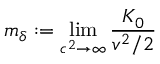
m _ { \delta } : = \operatorname* { l i m } _ { c ^ { 2 } \rightarrow \infty } \frac { K _ { 0 } } { v ^ { 2 } / 2 }